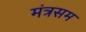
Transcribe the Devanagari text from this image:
मंत्रसम